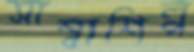
সাম্বাশিল্প